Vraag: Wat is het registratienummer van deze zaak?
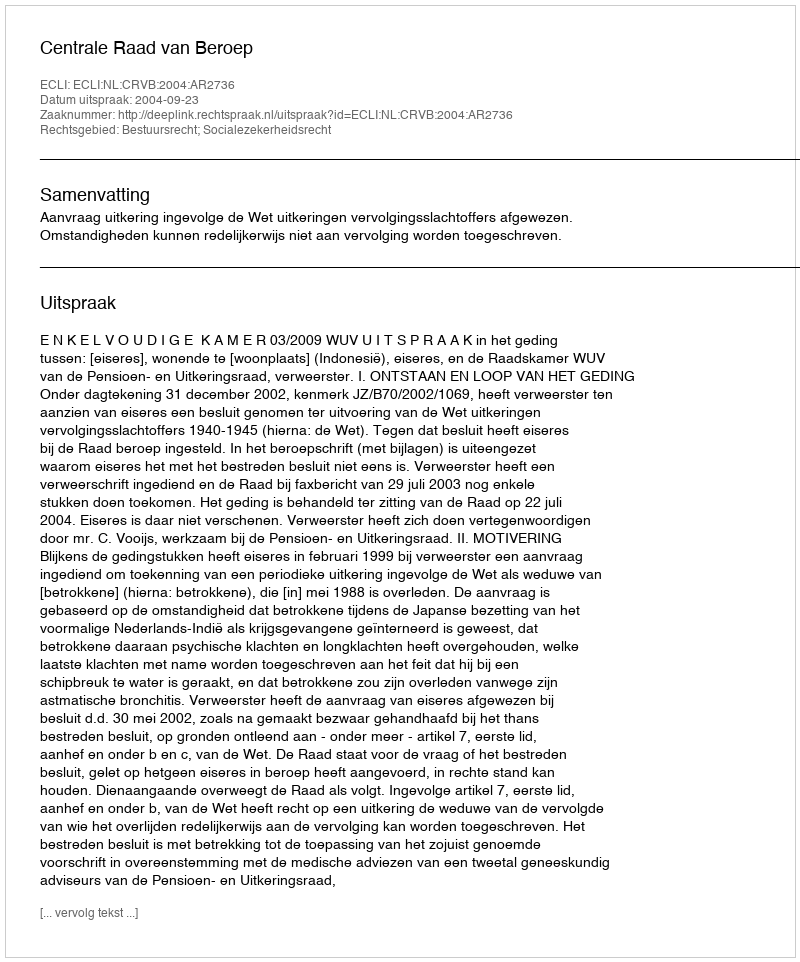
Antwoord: http://deeplink.rechtspraak.nl/uitspraak?id=ECLI:NL:CRVB:2004:AR2736